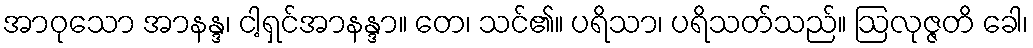
အာဝုသော အာနန္ဒ၊ ငါ့ရှင်အာနန္ဒာ။ တေ၊ သင်၏။ ပရိသာ၊ ပရိသတ်သည်။ ဩလုဇ္ဇတိ ခေါ၊